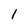
Character: 1